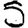
Digit: 5